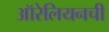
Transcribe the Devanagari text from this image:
ऑरेलियनची